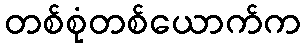
တစ်စုံတစ်ယောက်က